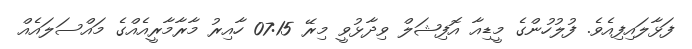
ފަޅާލައިފިއެވެ. ފުލުހުންގެ މީޑިއާ އޮފިޝަލް ވިދާޅުވީ މިރޭ 07:15 ހާއިރު މާރާމާރީއެއްގެ މައްސަލައެއް